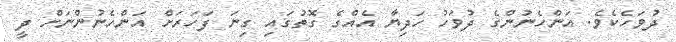
ދުވަހެކެވެ. އަންހެނުންގެ ދުވަހު ހަދިޔާ އެއްގެ ގޮތުގައި ގިނަ ފަހަރަށް އަންހެނުންނަށް ދީ